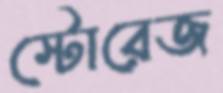
স্টোরেজ